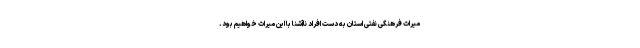
میراث فرهنگی نفتی استان به دست افراد ناآشنا با این میراث خواهیم بود.